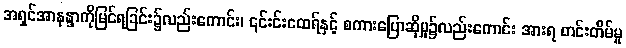
အရှင်အာနန္ဒာကိုမြင်ရခြင်း၌လည်းကောင်း၊ ၎င်းင်းထေရ်နှင့် စကားပြောဆိုမှု၌လည်းကောင်း အားရ တင်းတိမ်မှု